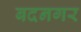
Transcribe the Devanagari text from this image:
बदनगर